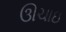
ઊચાઇ